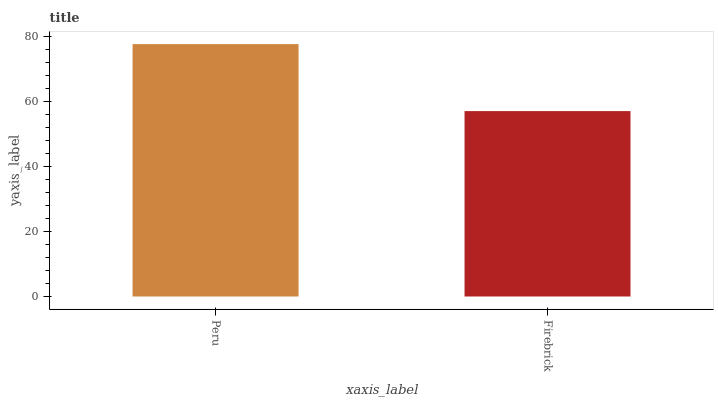
| xaxis_label | bars |
 | --- | --- |
 | Peru | 77.6 |
 | Firebrick | 57 |